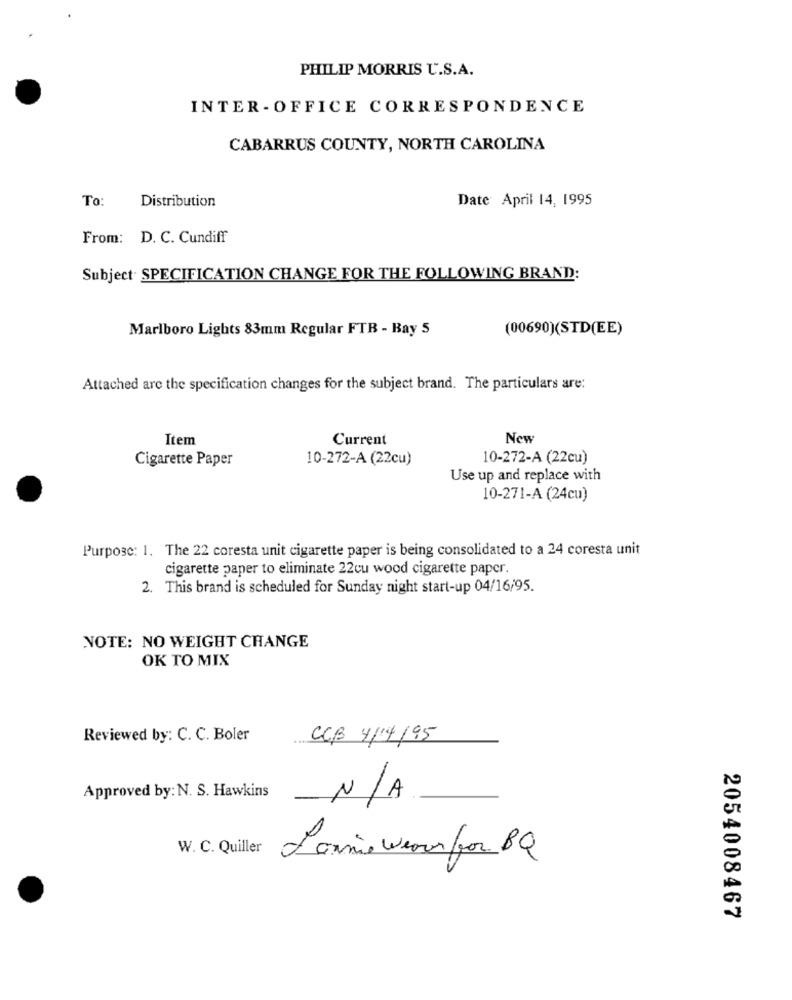
PHILIP MORRIS U.S.A.
INTER - OFFICE CORRESPONDENCE
CABARRUS COUNTY, NORTH CAROLINA
To:
Distribution
Date April 14, 1995
From: D. C. Cundiff
Subject- SPECIFICATION CHANGE FOR THE FOLLOWING BRAND:
Marlboro Lights 83mm Regular FTB - Bay 5
(00690)(STD(EE)
Attached are the specification changes for the subject brand. The particulars are:
Item
Current
New
Cigarette Paper
10-272-A (22cu)
10-272-A (22cu)
Use up and replace with
10-271-A (24cu)
Purpose: 1. The 22 coresta unit cigarette paper is being consolidated to a 24 coresta unit
cigarette paper to eliminate 22cu wood cigarette paper.
2. This brand is scheduled for Sunday night start-up 04/16/95.
NOTE: NO WEIGHT CHANGE
OK TO MIX
Reviewed by: C. C. Boler
CCB 4/4/95
Approved by: N. S. Hawkins
N/ A
W. C. Quiller
Lonnie wennfor BQ
2054008467